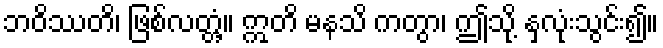
ဘဝိဿတိ၊ ဖြစ်လတ္တံ့။ ဣတိ မနသိ ကတွာ၊ ဤသို့ နှလုံးသွင်း၍။